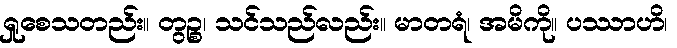
ရှုစေသတည်း။ တွဉ္စ၊ သင်သည်လည်း။ မာတရံ၊ အမိကို။ ပဿာဟိ၊